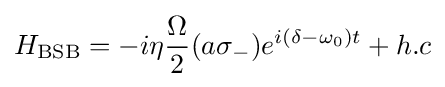
H_{\rm {BSB}}=-i\eta {\frac {\Omega }{2}}(a\sigma _{-})e^{i(\delta -\omega _{0})t}+h.c